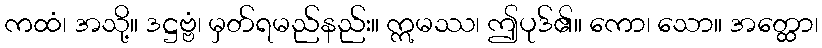
ကထံ၊ အသို့။ ဒဋ္ဌဗ္ဗံ၊ မှတ်ရမည်နည်း။ ဣမဿ၊ ဤပုဒ်၏။ ကော၊ သော။ အတ္ထော၊